Vaccination in the Punjab 1919-1929 - 1919-1929
Year: 1919
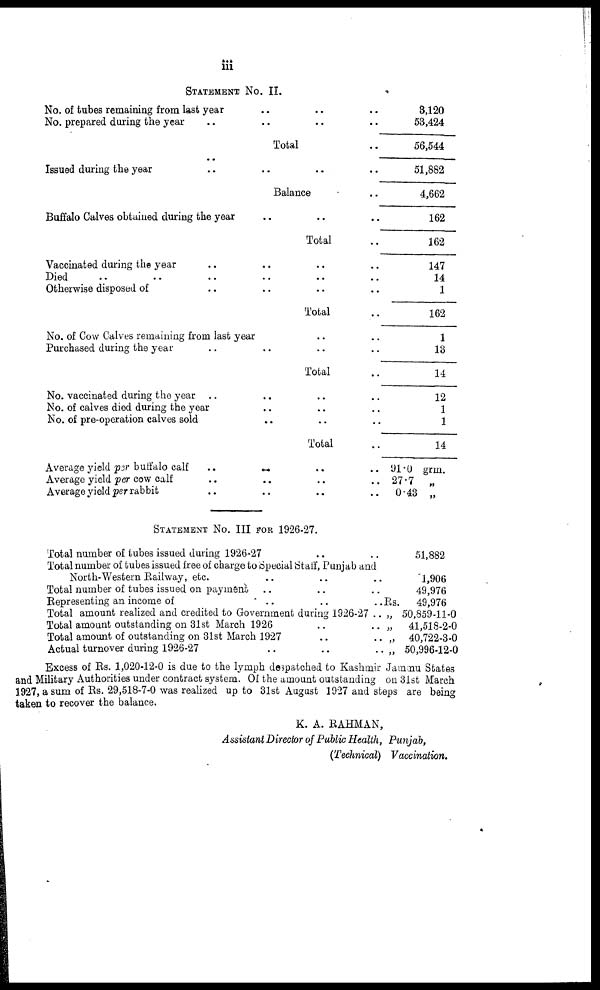
iii
STATEMENT NO. II.
No. of tubes remaining from last year .. .. ..
No. prepared during the year .. .. ..
Total ..
Issued during the year .. .. ..
Balance ..
Buffalo Calves obtained during the year ..
Total ..
Vaccinated during the year .. ..
Died .. .. .. ..
Otherwise disposed of .. .. .. ..
Total ..
No. of Cow Calves remaining from last year
Purchased during the year .. ..
Total ..
No. vaccinated during the year .. ..
No. of calves died during the year .. ..
No. of pre-operation calves sold ..
Total ..
Average yield per buffalo calf .. .. ..
Average yield per cow calf .. .. ..
Average yield per rabbit .. .. ..
3,120
53,424
56,544
51,882
4,662
162
162
147
14
1
162
1
13
14
12
1
1
14
91.0 grm.
27.7 „
0.43 „
STATEMENT NO. III FOR 1926-27.
Total number of tubes issued during 1926-27
Total number of tubes issued free of charge to Special Staff, Punjab and
North-Western Railway, etc. .. .. ..
Total number of tubes issued on payment .. .. ..
Representing an income of .. .. ..
Total amount realized and credited to Government during 1926-27 ..
Total amount outstanding on 31st March 1926 .. .. ..
Total amount of outstanding on 31st March 1927 .. .. ..
Actual turnover during 1926-27
Rs.
„
„
„
„
51,882
1,906
49,976
49,976
50,859-11-0
41,518-2-0
40,722-3-0
50,996-12-0
Excess of Rs. 1,020-12-0 is due to the lymph despatched to Kashmir Jammu States
and Military Authorities under contract system. Of the amount outstanding on 31st March
1927, a sum of Rs. 29,518-7-0 was realized up to 31st August 1927 and steps are being
taken to recover the balance.
K. A. RAHMAN,
Assistant Director of Public Health, Punjab,
(Technical) Vaccination.